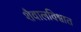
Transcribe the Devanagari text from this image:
शैवालविश्वात